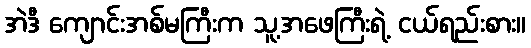
အဲဒီ ကျောင်းအစ်မကြီးက သူ့အဖေကြီးရဲ့ ငယ်ရည်းစား။